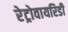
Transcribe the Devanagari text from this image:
रेट्रोवायरिडी